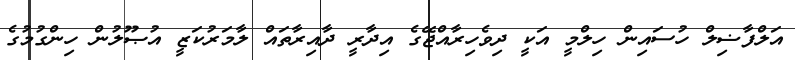
އަލްފާޟިލް ހުސައިން ހިލްމީ އަކީ ދިވެހިރާއްޖޭގެ އިދާރީ ދާއިރާތައް ލާމަރުކަޒީ އުޞޫލުން ހިންގުމުގެ